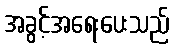
အခွင့်အရေးပေးသည်